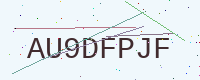
Text: AU9DFPJF